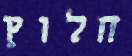
חלוץ